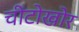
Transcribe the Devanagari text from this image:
चींटोखोर